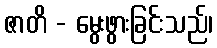
ဇာတိ - မွေးဖွားခြင်းသည်၊